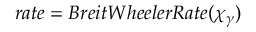
r a t e = B r e i t W h e e l e r R a t e ( \chi _ { \gamma } )